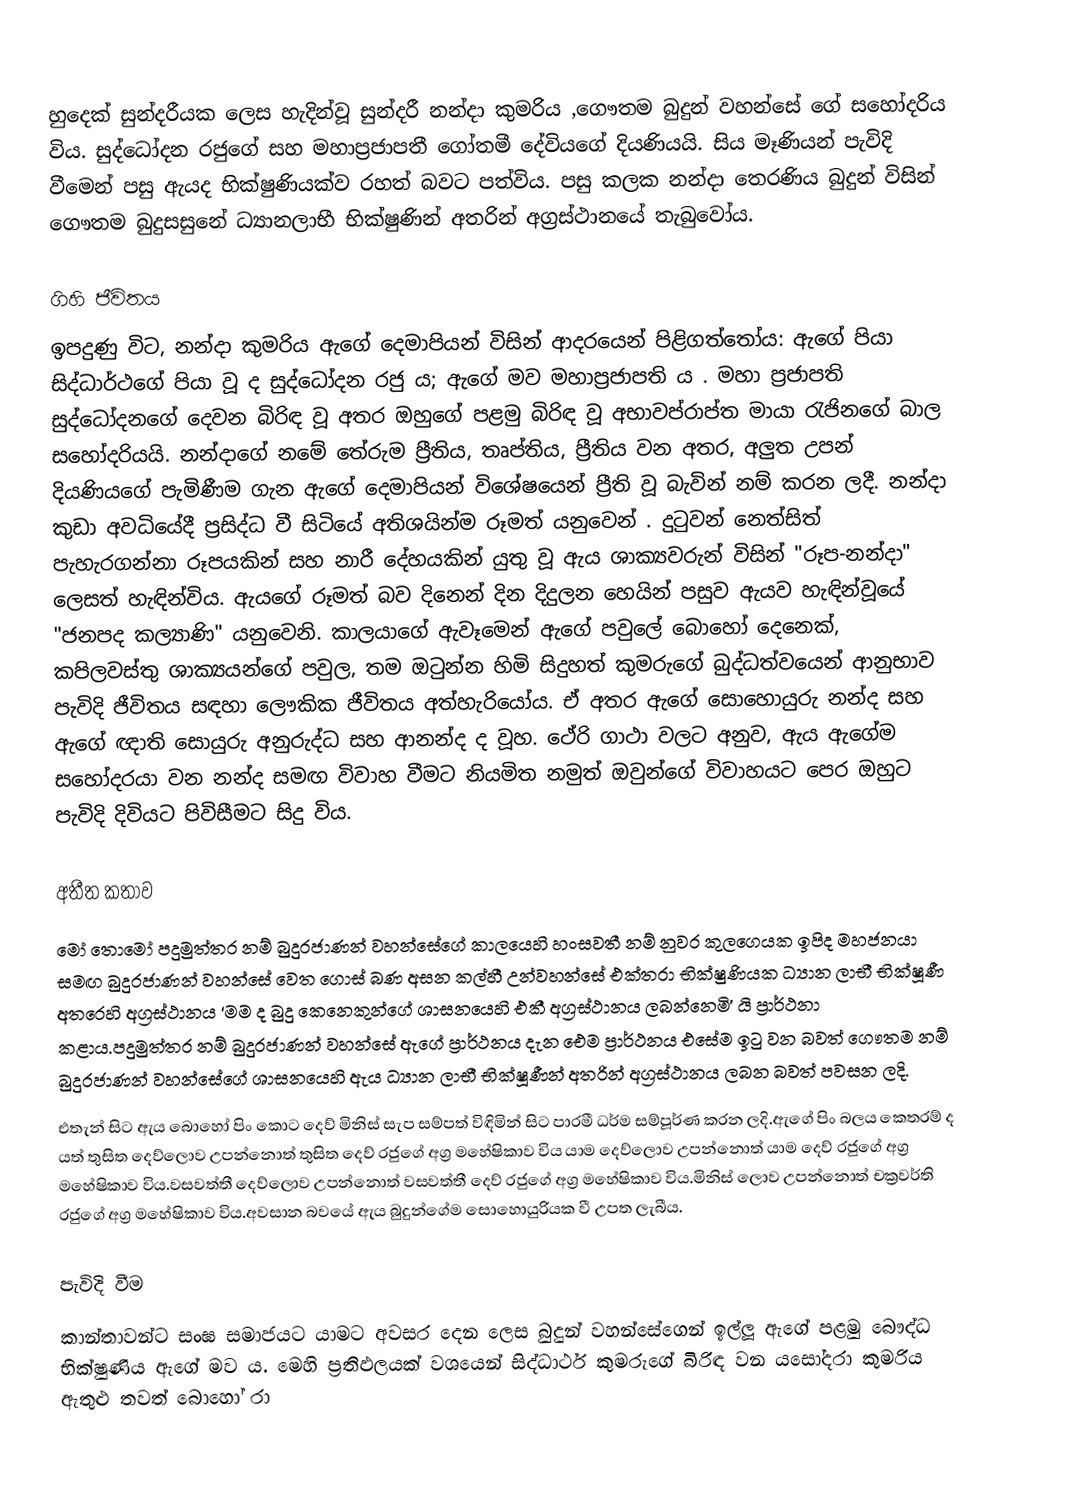
හුදෙක් සුන්දරීයක ලෙස හැදින්වූ  සුන්දරී නන්දා කුමරිය ,ගෞතම බුදුන් වහන්සේ ගේ  සහෝදරිය විය. සුද්ධෝදන රජුගේ සහ මහාප්‍රජාපතී ගෝතමී දේවියගේ දියණියයි.  සිය මෑණියන් පැවිදි වීමෙන්  පසු ඇයද භික්ෂුණියක්ව රහත් බවට පත්විය. පසු කලක නන්දා තෙරණිය බුදුන් විසින්  ගෞතම බුදුසසුනේ ධ්‍යානලාභී භික්ෂුණින් අතරින් අග්‍රස්ථානයේ තැබුවෝය.

ගිහි ජීවිතය
ඉපදුණු විට, නන්දා කුමරිය ඇගේ දෙමාපියන් විසින් ආදරයෙන් පිළිගත්තෝය: ඇගේ පියා සිද්ධාර්ථගේ පියා වූ ද සුද්ධෝදන රජු ය; ඇගේ මව මහාප්‍රජාපති ය . මහා ප්‍රජාපති සුද්ධෝදනගේ දෙවන බිරිඳ වූ අතර ඔහුගේ පළමු බිරිඳ වූ අභාවප්රාප්ත මායා රැජිනගේ බාල සහෝදරියයි. නන්දාගේ නමේ තේරුම ප්‍රීතිය, තෘප්තිය, ප්‍රීතිය වන අතර, අලුත උපන් දියණියගේ පැමිණීම ගැන ඇගේ දෙමාපියන් විශේෂයෙන් ප්‍රීති වූ බැවින් නම් කරන ලදී. නන්දා කුඩා අවධියේදී ප්‍රසිද්ධ වී සිටියේ අතිශයින්ම රූමත්  යනුවෙන් . දුටුවන් නෙත්සිත් පැහැරගන්නා රූපයකින් සහ නාරී දේහයකින් යුතු  වූ ඇය ශාක්‍යවරුන් විසින්   "රූප-නන්දා" ලෙසත් හැඳින්විය. ඇයගේ රූමත් බව දිනෙන් දින දිදුලන හෙයින් පසුව ඇයව හැඳින්වූයේ "ජනපද කල්‍යාණි" යනුවෙනි. කාලයාගේ ඇවෑමෙන් ඇගේ පවුලේ බොහෝ දෙනෙක්, කපිලවස්තු ශාක්‍යයන්ගේ පවුල, තම ඔටුන්න හිමි සිදුහත් කුමරුගේ බුද්ධත්වයෙන් ආනුභාව පැවිදි  ජීවිතය සඳහා ලෞකික ජීවිතය අත්හැරියෝය. ඒ අතර  ඇගේ සොහොයුරු නන්ද සහ ඇගේ ඥාති සොයුරු අනුරුද්ධ සහ ආනන්ද ද වූහ. ථේරි ගාථා වලට  අනුව, ඇය ඇගේම සහෝදරයා වන නන්ද සමඟ විවාහ වීමට නියමිත නමුත් ඔවුන්ගේ විවාහයට පෙර ඔහුට පැවිදි දිවියට පිවිසීමට සිදු විය.

අතීත කතාව
මෝ තොමෝ පදුමුත්තර නම් බුදුරජාණන් වහන්සේගේ කාලයෙහි හංසවතී නම් නුවර කුලගෙයක ඉපිද මහජනයා සමඟ බුදුරජාණන් වහන්සේ වෙත ගොස් බණ අසන කල්හී උන්වහන්සේ එක්තරා භික්ෂුණියක ධ්‍යාන ලාභී භික්ෂූණී අතරෙහි අග්‍රස්ථානය  ‘මම ද බුදු කෙනෙකුන්ගේ ශාසනයෙහි එකී අග්‍රස්ථානය ලබන්නෙමි’ යි ප්‍රාර්ථනා කළාය.පදුමුත්තර නම් බුදුරජාණන් වහන්සේ ඇගේ ප්‍රාර්ථනය දැන ඓම ප්‍රාර්ථනය එසේම ඉටු වන බවත් ගෞතම නම් බුදුරජාණන් වහන්සේගේ ශාසනයෙහි ඇය ධ්‍යාන ලාභී භික්ෂූණීන් අතරින් අග්‍රස්ථානය ලබන බවත් පවසන ලදි.
එතැන් සිට ඇය බොහෝ පිං කොට දෙව් මිනිස් සැප සම්පත් විඳිමින් සිට පාරමී ධර්ම සම්පූර්ණ කරන ලදි.ඇගේ පිං බලය කෙතරම් ද යත් තුසිත දෙව්ලොව උපන්නොත් තුසිත දෙව් රජුගේ අග්‍ර මහේෂිකාව විය යාම දෙව්ලොව  උපන්නොත් යාම දෙව් රජුගේ අග්‍ර මහේෂිකාව විය.වසවත්තී දෙව්ලොව උපන්නොත් වසවත්තී දෙව් රජුගේ අග්‍ර මහේෂිකාව විය.මිනිස් ලොව උපන්නොත් චක්‍රවර්ති රජුගේ අග්‍ර මහේෂිකාව විය.අවසාන බවයේ ඇය බුදුන්ගේම සොහොයුරියක වී උපත ලැබීය.

පැවිදි වීම
කාන්තාවන්ට සංඝ සමාජයට යාමට අවසර දෙන ලෙස බුදුන් වහන්සේගෙන් ඉල්ලූ ඇගේ පළමු බෞද්ධ භික්ෂුණිය ඇගේ මව ය. මෙහි ප්‍රතිඵලයක් වශයෙන් සිද්ධාර්ථ කුමරුගේ බිරිඳ වන යසෝදරා කුමරිය ඇතුළු තවත් බොහෝ රා